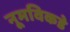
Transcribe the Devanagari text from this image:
नूमविकडे